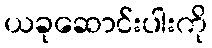
ယခုဆောင်းပါးကို